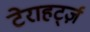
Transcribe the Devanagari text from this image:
टेराहर्ट्ज़